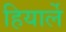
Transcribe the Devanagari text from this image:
हियार्ले